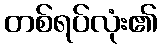
တစ်ရပ်လုံး၏